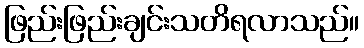
ဖြည်းဖြည်းချင်းသတိရလာသည်။